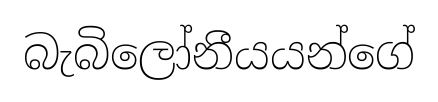
බැබිලෝනීයයන්ගේ